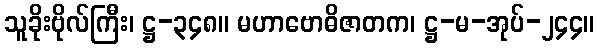
သူခိုးဗိုလ်ကြီး၊ ဋ္ဌ-၃၄၈။ မဟာဗောဓိဇာတက၊ ဋ္ဌ-မ-အုပ်-၂၄၄။